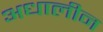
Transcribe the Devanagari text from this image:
अधालीन